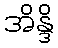
အိန္ဒိ